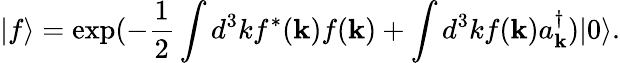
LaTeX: |f\rangle=\exp(-\frac{1}{2}\int d^{3}kf^{\ast}({\mathbf k})f({\mathbf k})+\int d^{3}kf({\mathbf k})a_{{\mathbf k}}^{\dagger})|0\rangle.